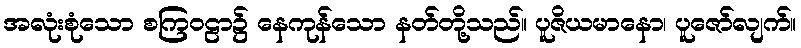
အလုံးစုံသော စကြဝဠာ၌ နေကုန်သော နတ်တို့သည်။ ပူဇိယမာနော၊ ပူဇော်လျက်။